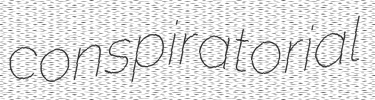
conspiratorial